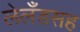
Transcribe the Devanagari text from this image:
लेलँडसह